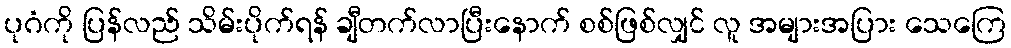
ပုဂံကို ပြန်လည် သိမ်းပိုက်ရန် ချီတက်လာပြီးနောက် စစ်ဖြစ်လျှင် လူ အများအပြား သေကြေ